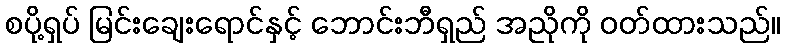
စပို့ရှပ် မြင်းချေးရောင်နှင့် ဘောင်းဘီရှည် အညိုကို ဝတ်ထားသည်။